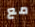
مع